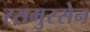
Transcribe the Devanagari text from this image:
रसमुस्सेन